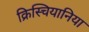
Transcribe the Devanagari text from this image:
क्रिस्चियानिया